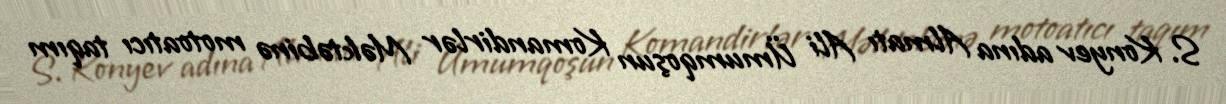
S. Konyev adına Almatı Ali Ümumqoşun Komandirlər Məktəbinə motoatıcı taqım